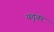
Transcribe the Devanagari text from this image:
यदुवर